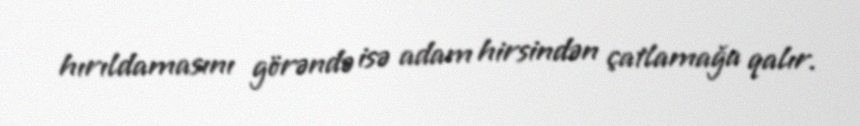
hırıldamasını görəndə isə adam hirsindən çatlamağa qalır.